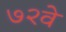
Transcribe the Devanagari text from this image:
७२वे